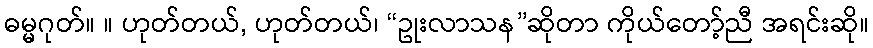
ဓမ္မဂုတ်။ ။ ဟုတ်တယ်, ဟုတ်တယ်၊ “ဥုးလာသန”ဆိုတာ ကိုယ်တော့်ညီ အရင်းဆို။